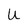
Character: U